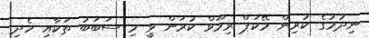
ނިދުމުގެ ކުރިން މޭކަޕް ރިމޫވް ކުރަން ވީ މި ސަބަބު ތަކާއި ހެދި